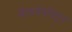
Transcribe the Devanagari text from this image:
चेतापेशींतून